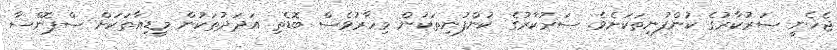
ޖެހެނީ ސަރުކާރުގެ ކުންފުނިތަކަށެވެ. ސަރުކާރުގެ ކުންފުނިތަކުން މިހާރުވެސް ބޮޑެތި އަދަދަުތަކުން މީޑިއާތަކަށް ސްޕޮންސާ